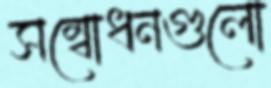
সম্বোধনগুলো